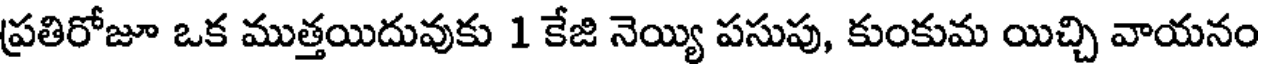
ప్రతిరోజూ ఒక ముత్తయిదువుకు 1 కేజి నెయ్యి పసుపు, కుంకుమ యిచ్చి వాయనం